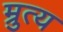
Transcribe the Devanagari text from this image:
म्रुत्य